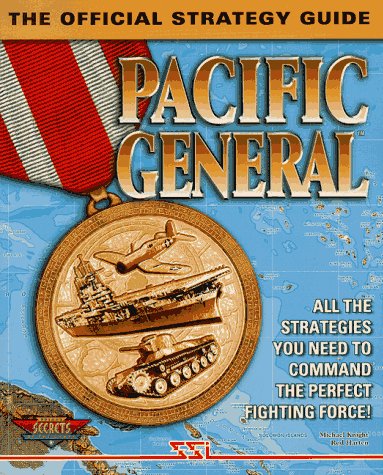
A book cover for Pacific General: The Official Strategy Guide (Secrets of the Games Series); Rod Harten; Science Fiction & Fantasy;